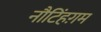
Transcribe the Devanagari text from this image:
नौटिंहग़म